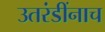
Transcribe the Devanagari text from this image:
उतरंडींनाच